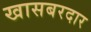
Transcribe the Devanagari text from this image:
खासबरदार